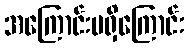
အကြောင်းမရှိကြောင်း